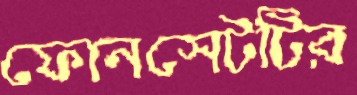
ফোনসেটটির